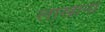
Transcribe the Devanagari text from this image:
लाखानी